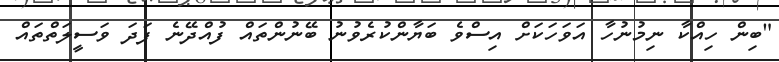
"ބިން ހިއްކާ ނިމުނުހާ އަވަހަކަށް އިސްވެ ބަޔާންކުރެވުނު ބޭނުންތައް ފުއްދޭނެ ފަދަ ވަސީލަތްތައް